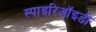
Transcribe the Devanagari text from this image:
स्पाइरिऑइडी